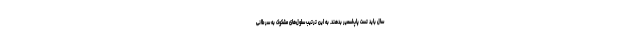
سال باید تست پاپ‌اسمیر بدهند. به این ترتیب سلول‌های مشکوک به سرطانی